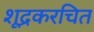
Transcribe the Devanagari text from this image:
शूद्रकरचित